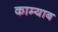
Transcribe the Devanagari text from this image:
काम्याब